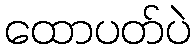
ထောပတ်ပဲ